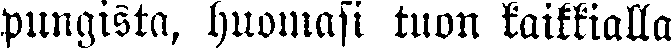
pungista, huomasi tuon kaikkialla